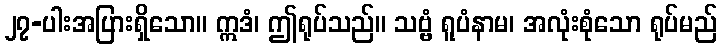
၂၇-ပါးအပြားရှိသော။ ဣဒံ၊ ဤရုပ်သည်။ သဗ္ဗံ ရူပံနာမ၊ အလုံးစုံသော ရုပ်မည်